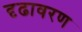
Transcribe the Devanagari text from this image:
दृढावरण